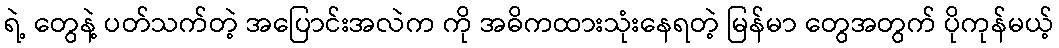
ရဲ့ တွေနဲ့ ပတ်သက်တဲ့ အပြောင်းအလဲက ကို အဓိကထားသုံးနေရတဲ့ မြန်မာ တွေအတွက် ပိုကုန်မယ့်